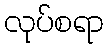
လုပ်စရာ